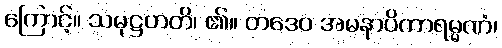
ကြောင့်။ သမုဋ္ဌဟတိ၊ ၏။ တဒေဝ အမနာပိကာရမ္မဏံ၊